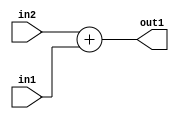
`timescale 1ps / 1ps
/*****************************************************************************
    Verilog RTL Description
    
    
    Created by: Stratus DpOpt 2019.1.01 
*******************************************************************************/

module SobelFilter_Add_11Ux10U_12U_1 (
	in2,
	in1,
	out1
	); /* architecture "behavioural" */ 
input [10:0] in2;
input [9:0] in1;
output [11:0] out1;
wire [11:0] asc001;

assign asc001 = 
	+(in2)
	+(in1);

assign out1 = asc001;
endmodule

/* CADENCE  urn2SgE= : u9/ySgnWtBlWxVPRXgAZ4Og= ** DO NOT EDIT THIS LINE ******/